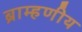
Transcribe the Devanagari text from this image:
ब्राम्हणीय